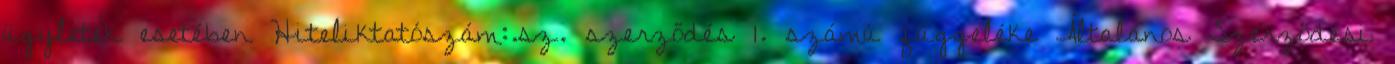
ügyletek esetében Hiteliktatószám:.sz. szerződés 1. számú függeléke Általános Szerződési